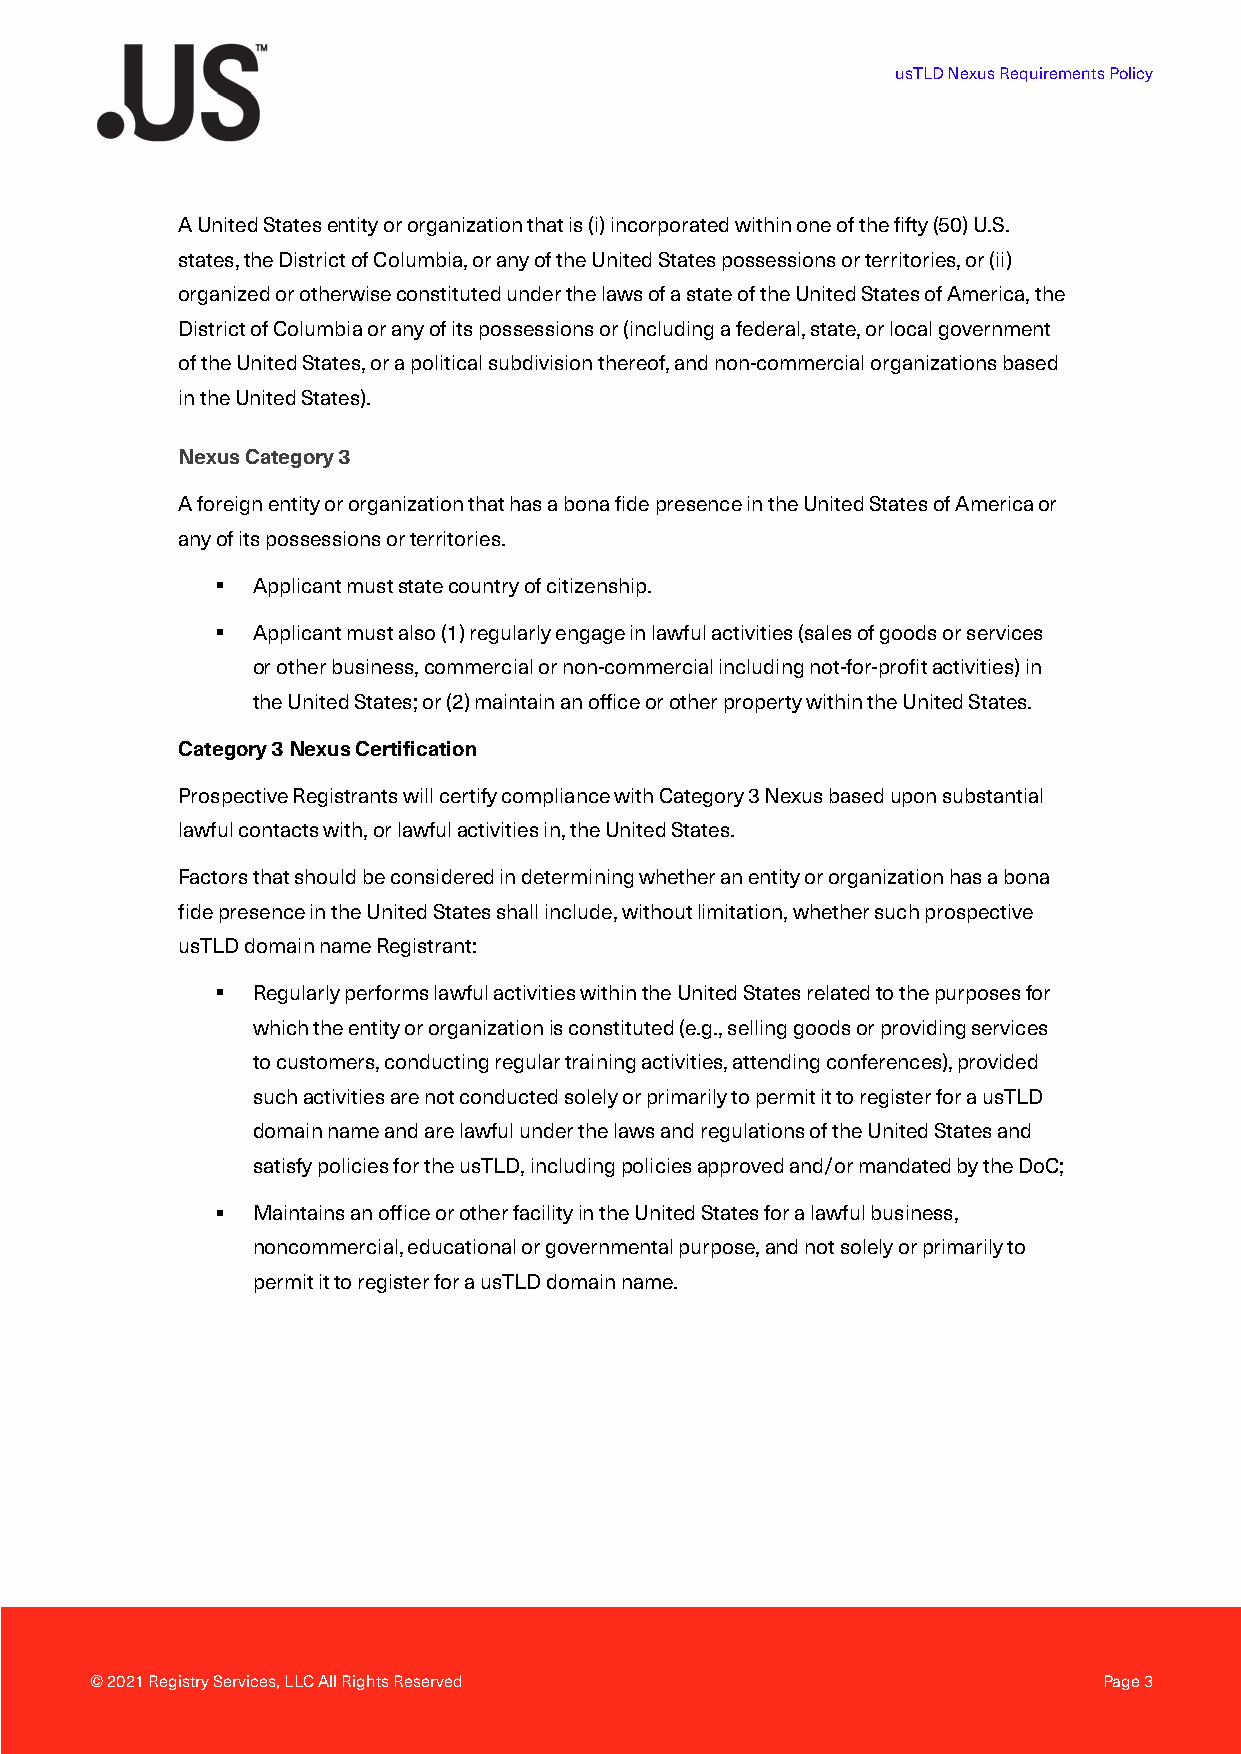
usTLD Nexus Requirements Policy
 A United States entity or organization that is (i) incorporated within one of the fifty (50) U.S.
 states, the District of Columbia, or any of the United States possessions or territories, or (ii)
 organized or otherwise constituted under the laws of a state of the United States of America, the
 District of Columbia or any of its possessions or (including a federal, state, or local government
 of the United States, or a political subdivision thereof, and non-commercial organizations based
 in the United States).
 Nexus Category 3
 A foreign entity or organization that has a bona fide presence in the United States of America or
 any of its possessions or territories.
 §  Applicant must state country of citizenship.
 §  Applicant must also (1) regularly engage in lawful activities (sales of goods or services
 or other business, commercial or non-commercial including not-for-profit activities) in
 the United States; or (2) maintain an office or other property within the United States.
 Category 3 Nexus Certification
 Prospective Registrants will certify compliance with Category 3 Nexus based upon substantial
 lawful contacts with, or lawful activities in, the United States.
 Factors that should be considered in determining whether an entity or organization has a bona
 fide presence in the United States shall include, without limitation, whether such prospective
 usTLD domain name Registrant:
 §  Regularly performs lawful activities within the United States related to the purposes for
 which the entity or organization is constituted (e.g., selling goods or providing services
 to customers, conducting regular training activities, attending conferences), provided
 such activities are not conducted solely or primarily to permit it to register for a usTLD
 domain name and are lawful under the laws and regulations of the United States and
 satisfy policies for the usTLD, including policies approved and/or mandated by the DoC;
 §  Maintains an office or other facility in the United States for a lawful business,
 noncommercial, educational or governmental purpose, and not solely or primarily to
 permit it to register for a usTLD domain name.
 © 2021 Registry Services, LLC All Rights Reserved                  Page 3